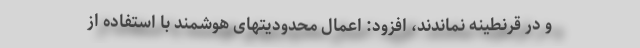
و در قرنطینه نماندند، افزود: اعمال محدودیتهای هوشمند با استفاده از